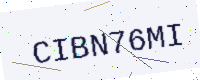
Text: CIBN76MI